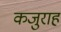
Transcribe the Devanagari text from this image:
कजुराह